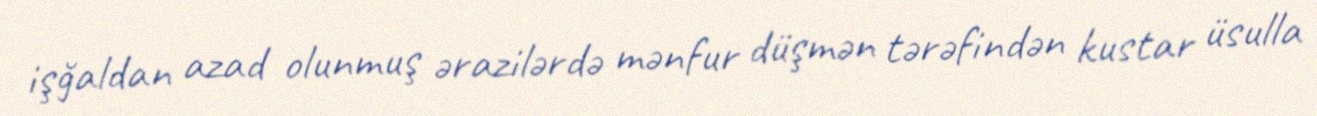
işğaldan azad olunmuş ərazilərdə mənfur düşmən tərəfindən kustar üsulla